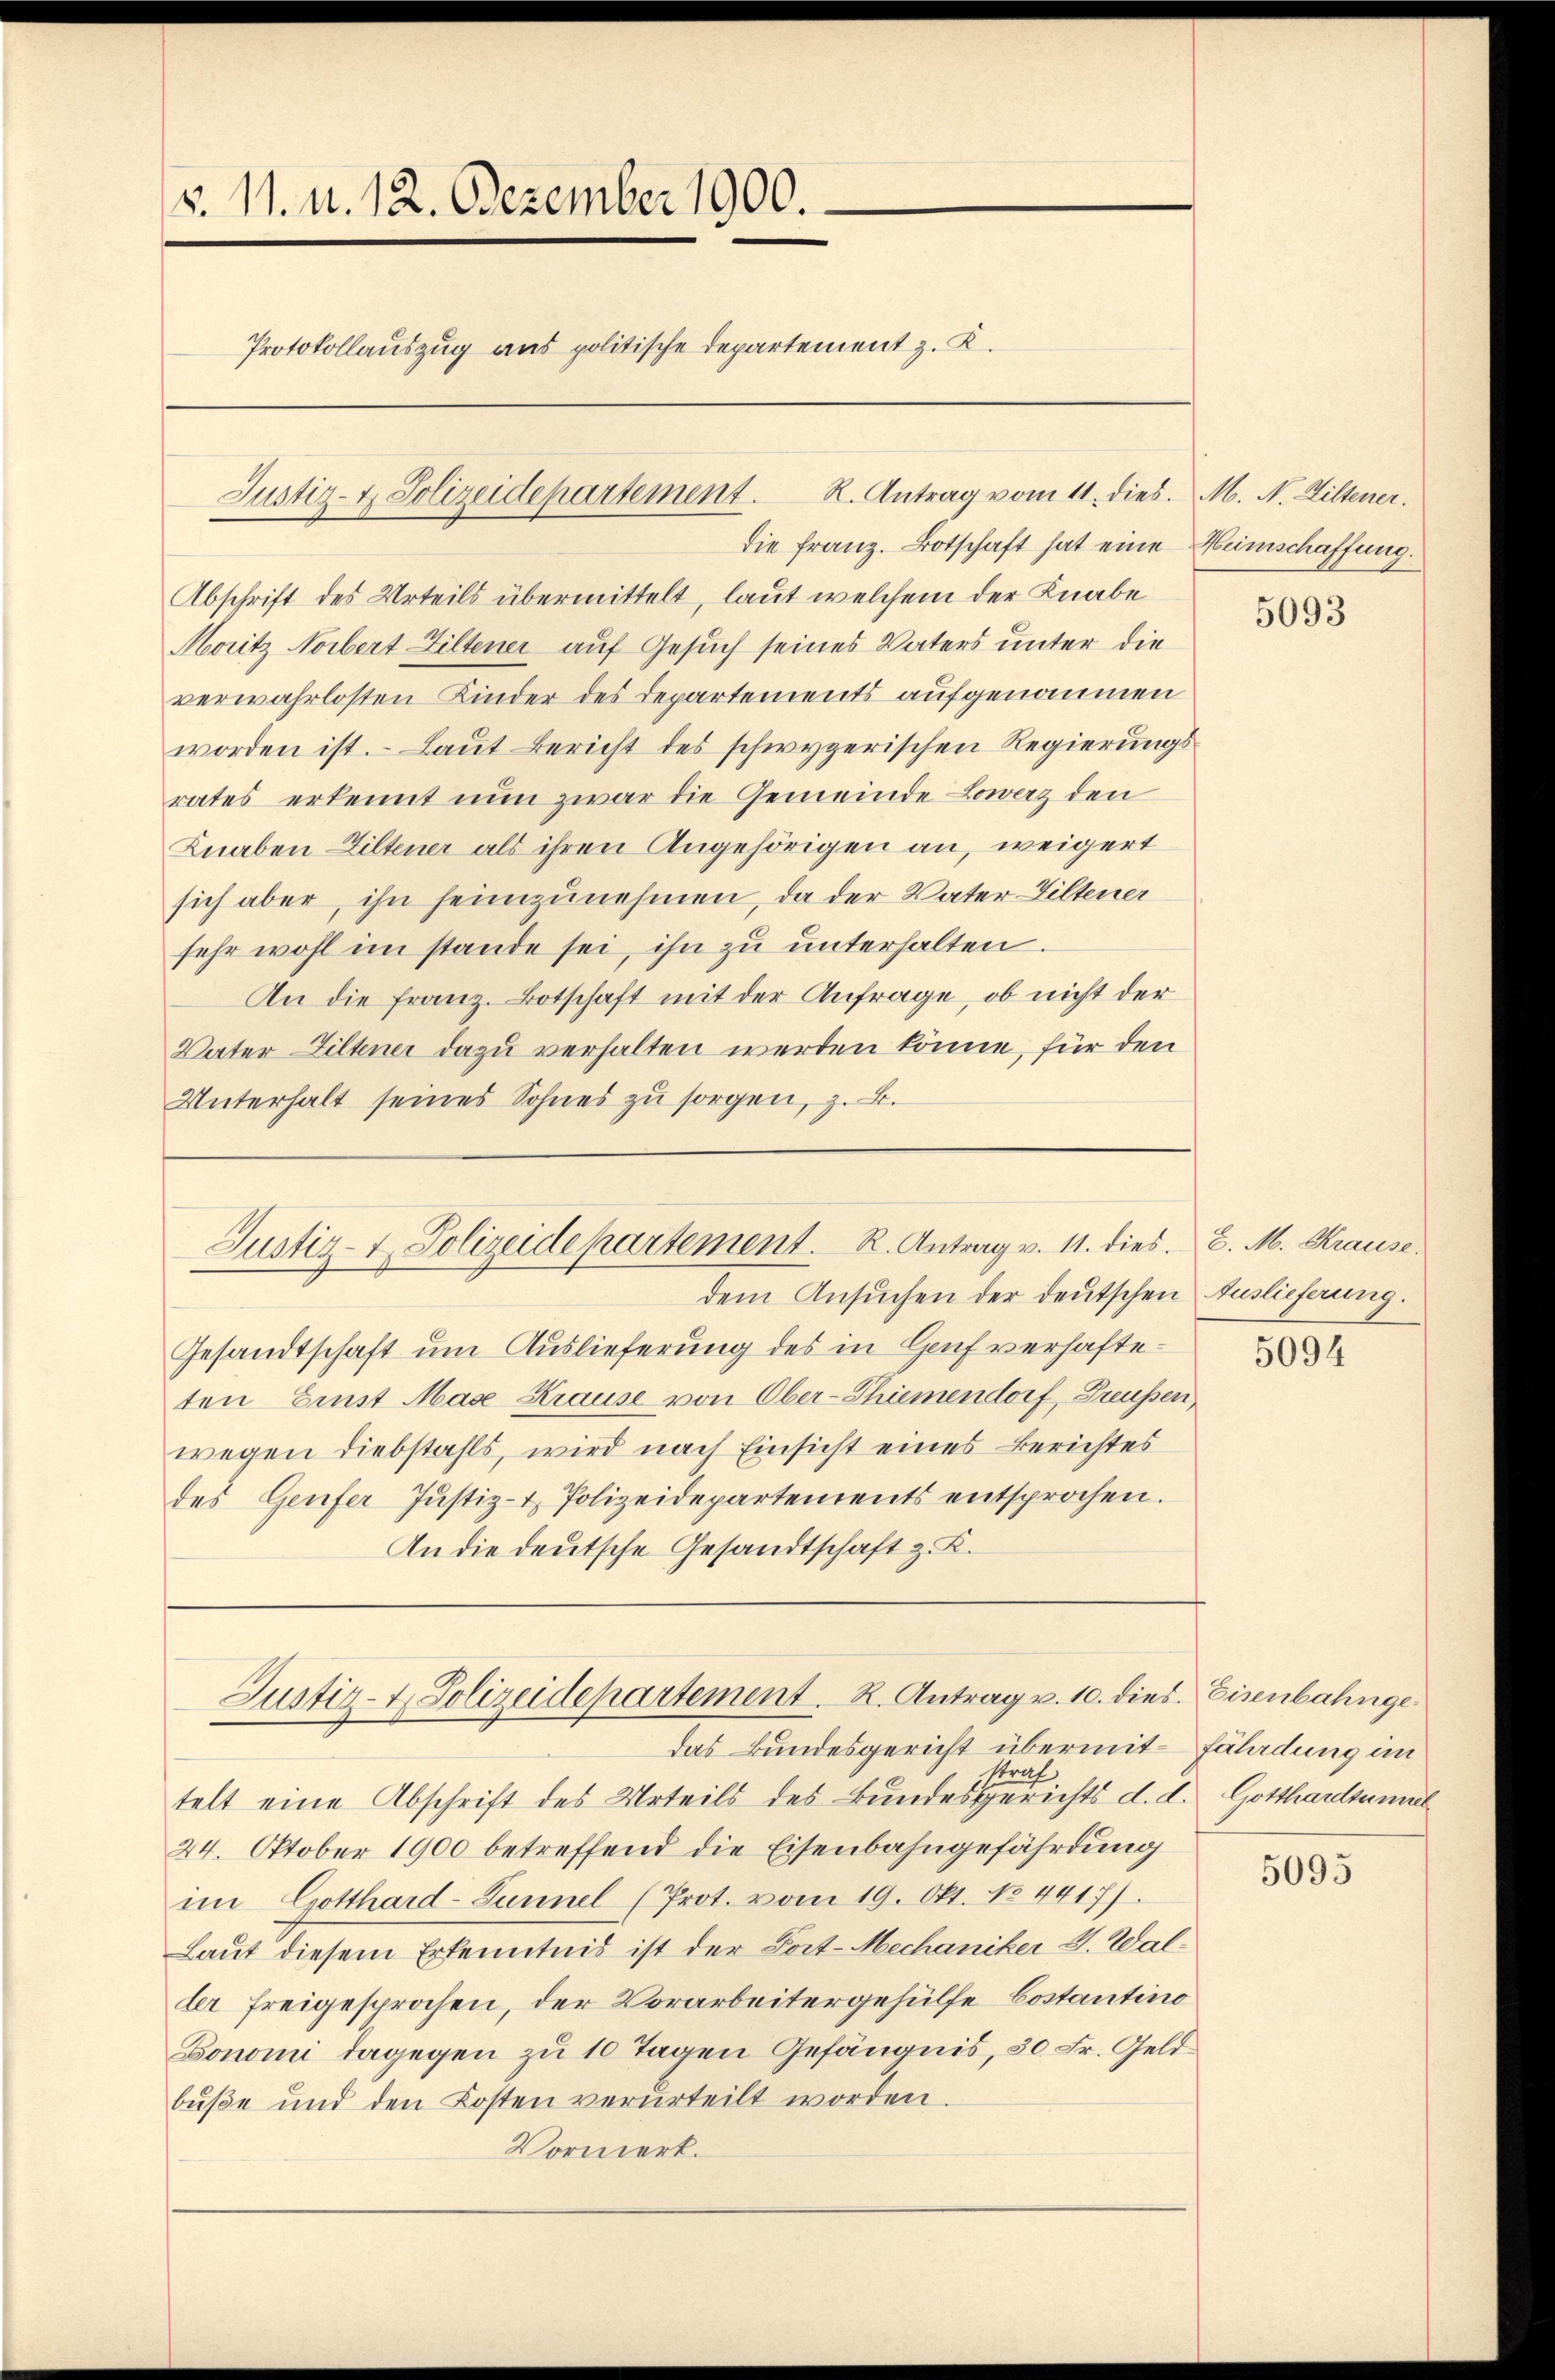
§. 11. d. 12. Dezember 1900.

Protokollauszug aus politische Departement z. K.

Abschrift des Urteils übermittelt, laut welchem der Knabe
Moritz Norbert Ziltener auf Gesuch seines Vaters unter die
verwahrlosten Kinder des Departements aufgenommen
worden ist. Laut Bericht des schwyzerischen Regierungsrates erkennt nun zwar die Gemeinde Lowerz den
Knaben Ziltener als ihren Angehörigen an, weigert
sich aber, ihn heimzunehmen, da der Vater Wiltener
sehr wohl im stande sei, ihn zu unterhalten.
An die franz. Botschaft mit der Anfrage, ob nicht der
Vater Biltener dazu verhalten werden könne, für den
Unterhalt seines Sohnes zŭ sorgen, z. B.

Justiz- & Polizeidepartement. R. Antrag vom 11. dies. M. N. Ziltener.

die Franz. Botschaft hat eine Heimschaffung.

dem Ansuchen der deutschen Auslieferung.
Gesandtschaft um Auslieferung des in Genf verhafteten Ernst Mase Krause von Ober-Thiemendorf, Freussen,
wegen diebstahls, wird nach Einsicht eines Berichtes
des Genfer Justiz- & Polizeidepartements entsprochen.
An die deutsche Gesandtschaft z. K.

Justiz- & Polizeidepartement. R. Antrag v. 11. dies

Justiz- & Polizeidepartement. R. Antrag v. 10. dies Eisenbahnge
das Bundesgericht übermit-Fäladung im

straf
telt eine Abschrift des Urteils des Bundesgerichts d. d. Gotthardtumul
24. Oktober 1900 betreffend die Eisenbahngefährdung
im Gotthard-Sunnel (Prot. vom 19. Okt. No 4417).
Laut diesem Erkenntnis ist der Fort-Mechaniker V. Waller freigesprochen, der Vorarbeitergehülfe Costantino
Bonomi dagegen zu 10 Tagen Gefängnis, 30 Fr. Geldbuße und den Kosten verurteilt worden.
Vormerk.

5093

E. M. Krause.

5094

5095